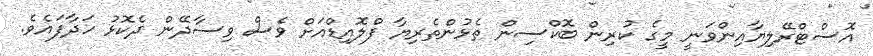
އޮސްޓްރޭލިޔާއިންވަނީ މީގެ ކުރިން ބޮކްސިން ތެޅުންތެރިޔާ ފްލޮއިޑްއަށް ވެސް ވިސާދޭން ދެކޮޅު ހަދާފައެވެ.